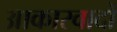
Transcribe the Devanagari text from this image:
आकारवादों